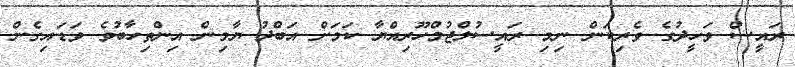
ރައީސް ވަހީދުގެ ވެރިކަން ނިމި ރައީސުލްޖުމްހޫރިއްޔާ ކަމަށް އަބްދު ޔާމިން އިންތިހާބުވެ ވަޑައިގެން